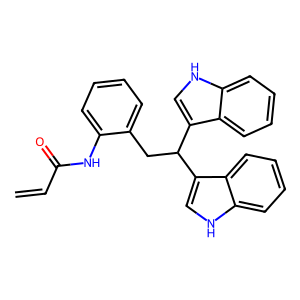
SMILES: C=CC(=O)Nc1ccccc1CC(c1c[nH]c2ccccc12)c1c[nH]c2ccccc12
Inhibits HIV replication: No